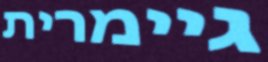
גיימרית